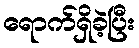
ရောက်ရှိခဲ့ပြီး